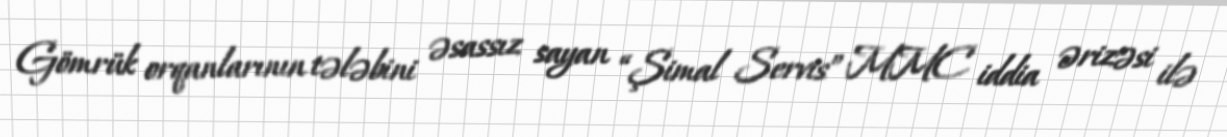
Gömrük orqanlarının tələbini əsassız sayan “Şimal Servis” MMC iddia ərizəsi ilə